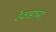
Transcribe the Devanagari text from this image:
टेकाडाच्या